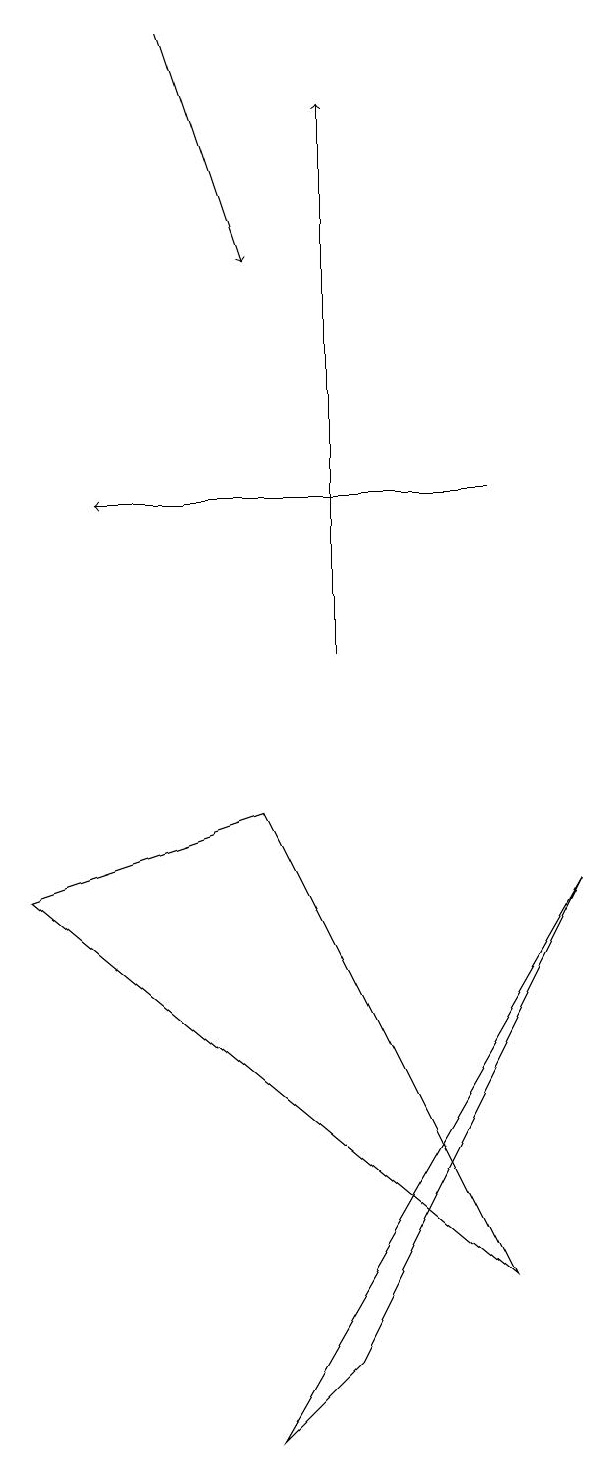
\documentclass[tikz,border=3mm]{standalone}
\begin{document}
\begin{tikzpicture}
\draw[->] (7,12) -- (2,12);
\draw (4,0) -- (8,7) -- (5,1) -- cycle;
\draw[->] (3,18) -- (4,15);
\draw (1,7) -- (7,2) -- (4,8) -- cycle;
\draw[->] (5,10) -- (5,17);
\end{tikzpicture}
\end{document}